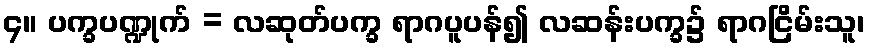
၄။ ပက္ခပဏ္ဍုက် = လဆုတ်ပက္ခ ရာဂပူပန်၍ လဆန်းပက္ခ၌ ရာဂငြိမ်းသူ၊